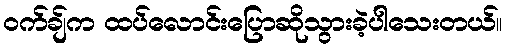
ဝက်ချ်က ထပ်လောင်းပြောဆိုသွားခဲ့ပါသေးတယ်။